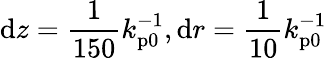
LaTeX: \mathrm{d}z=\frac{1}{150}k_{\mathrm{p0}}^{-1},\mathrm{d}r=\frac{1}{10}k_{\mathrm{p0}}^{-1}